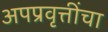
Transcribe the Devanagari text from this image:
अपप्रवृत्तींचा